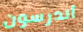
أندرسون